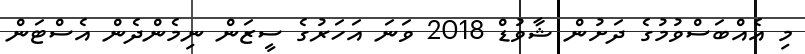
މި އެއްބަސްވުމުގެ ދަށުން ޝާވުޑް 2018 ވަނަ އަހަރުގެ ސީޒަން ނިމެންދެން އެސްޓަން